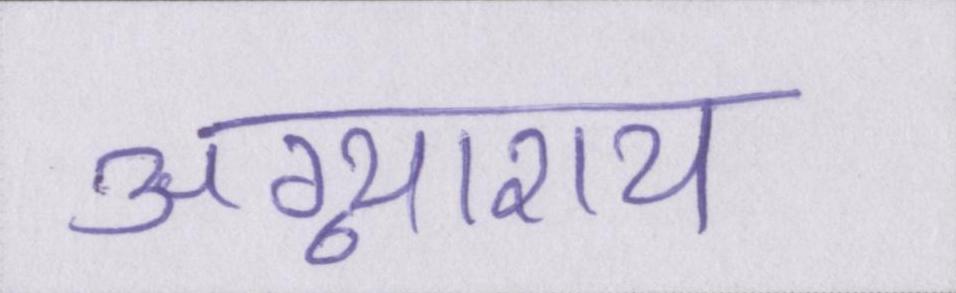
अग्न्याशय